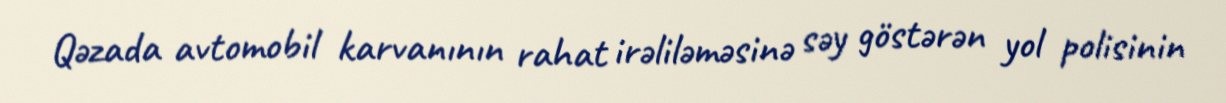
Qəzada avtomobil karvanının rahat irəliləməsinə səy göstərən yol polisinin